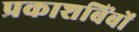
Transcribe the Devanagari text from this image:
प्रकाशबिंबों